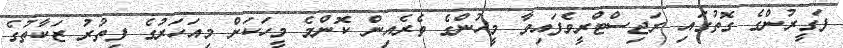
ފަގީރުންގެ ގޮތުގައި ރަޖިސްޓްރީވެފައިވާ މީހުންގެ ތެރެއިން ކޮންމެ މީހަކަށް މިއަަހަރުގެ ފިތުރު ޒަކާތުގެ